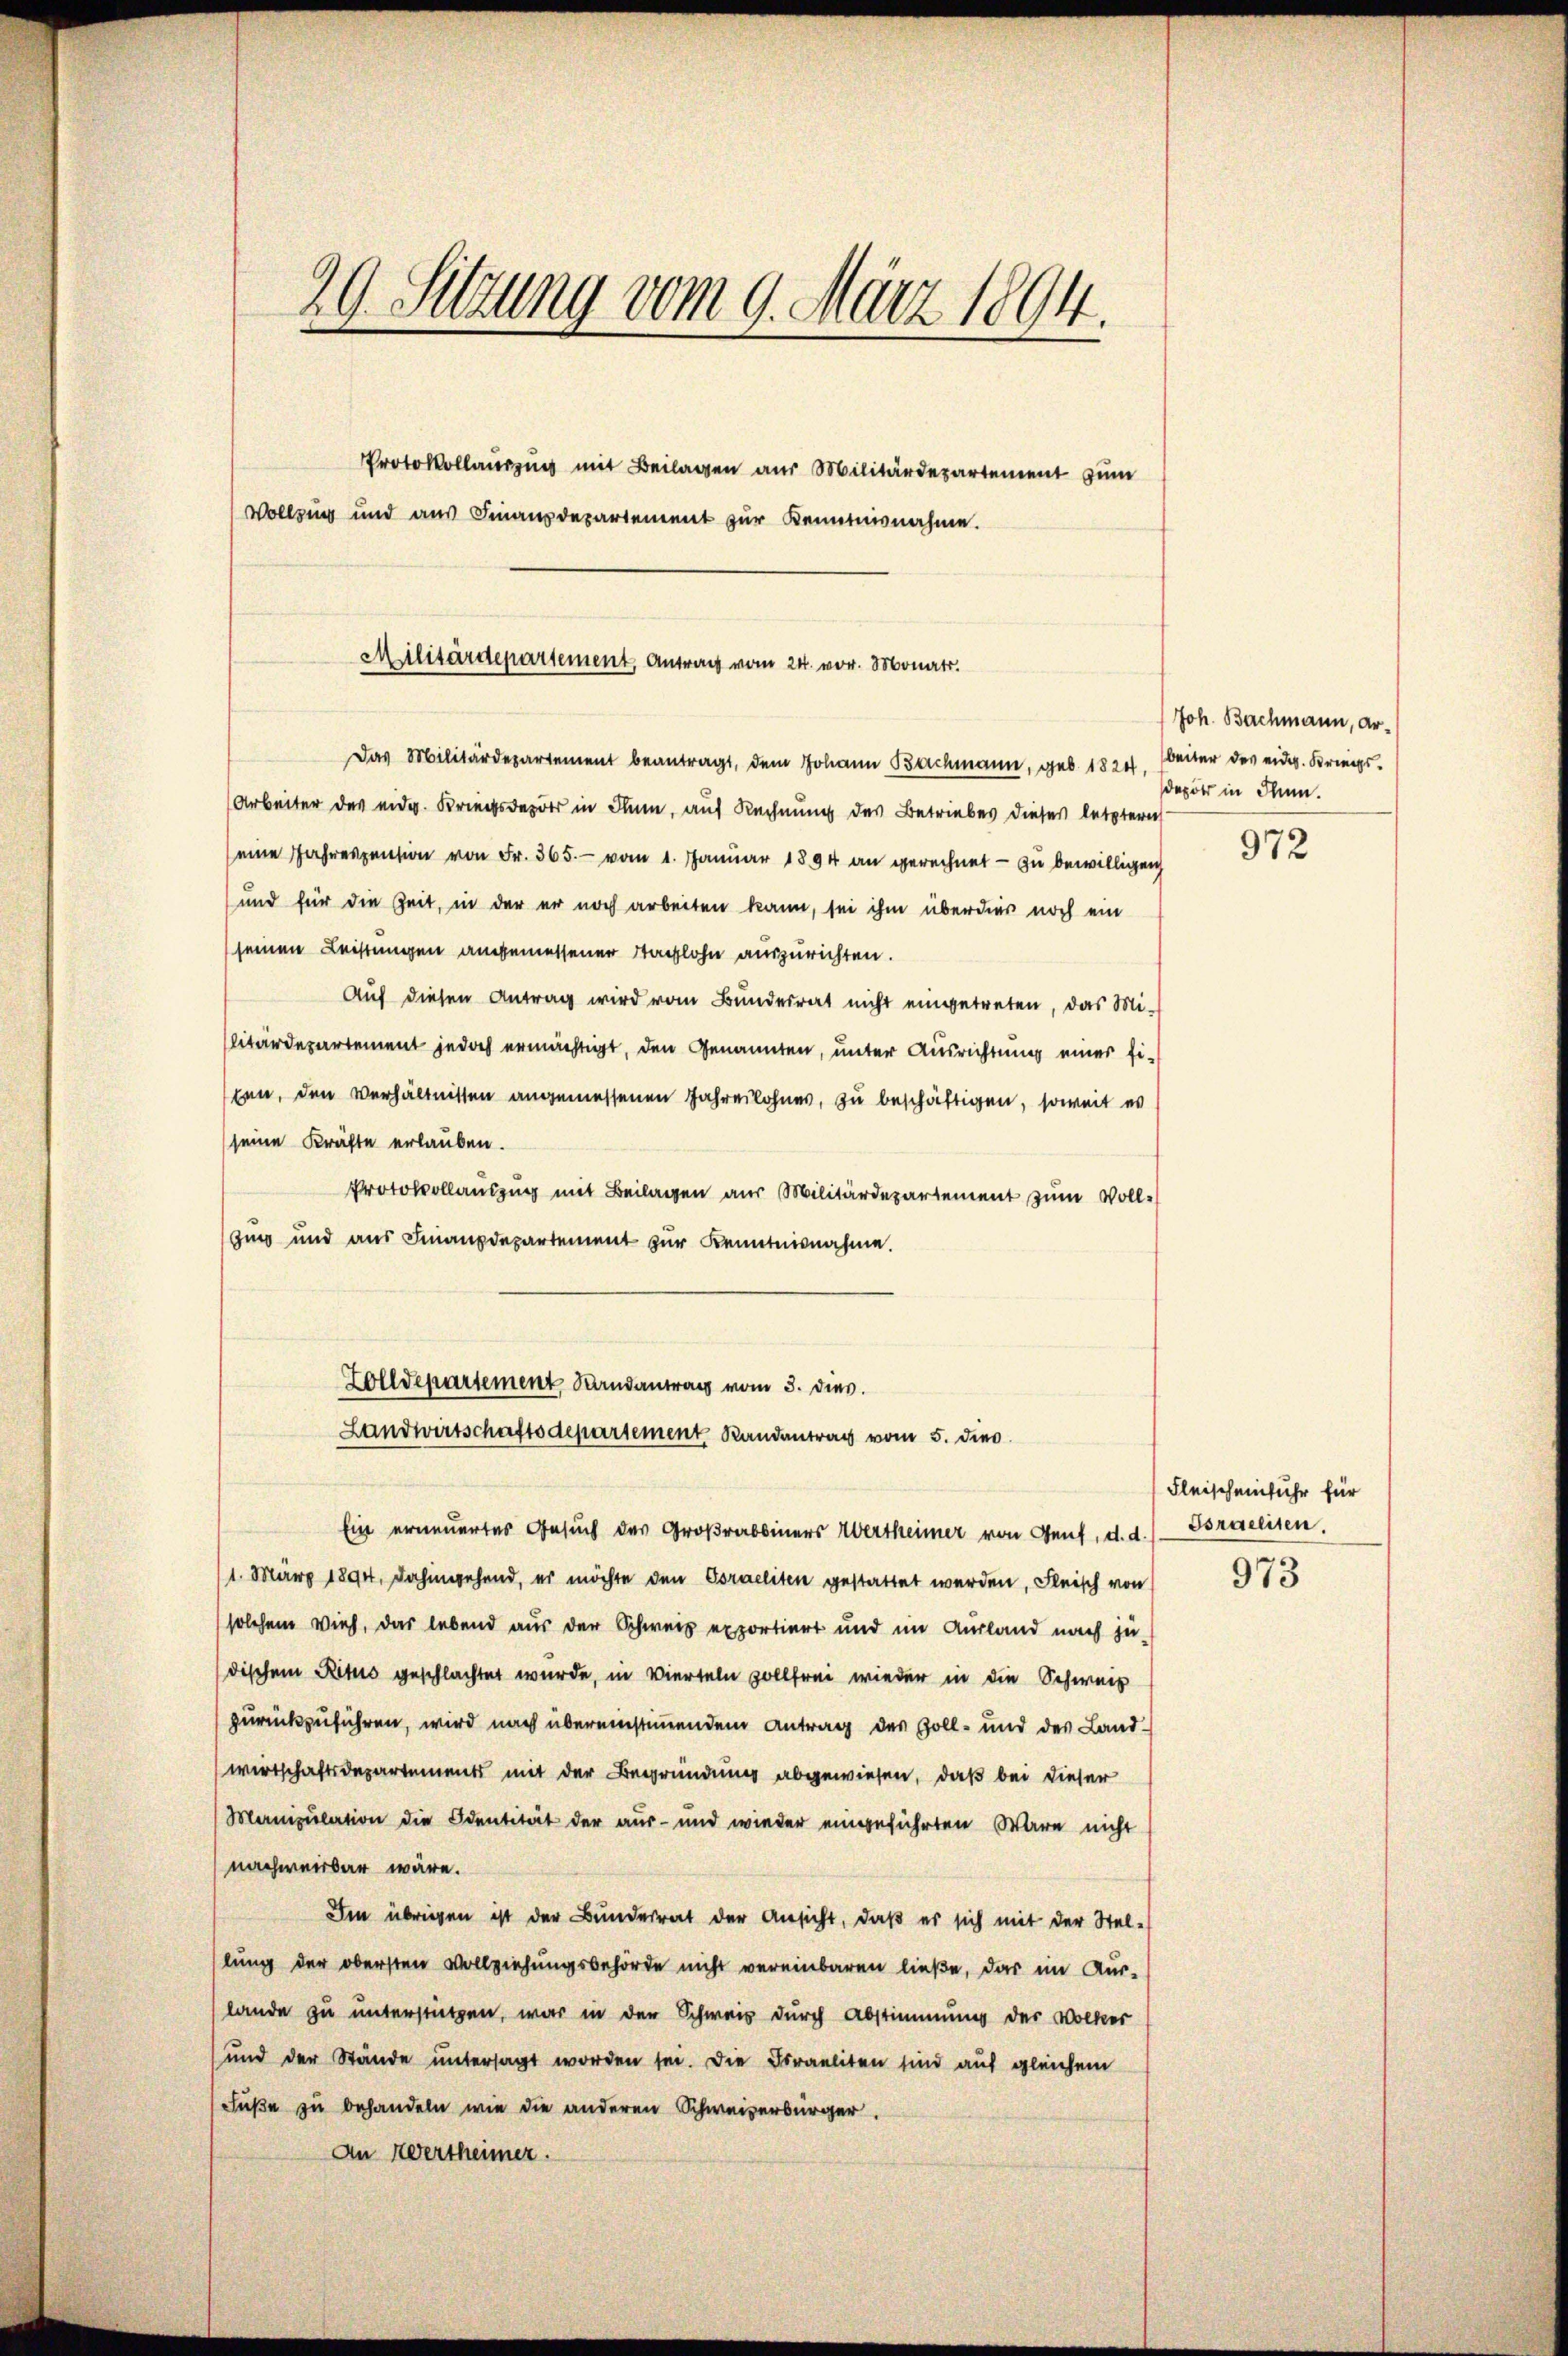
29. Sitzung vom 9. März 1894.
Protokollauszug mit Beilagen aus Militärdepartement zum
Vollzug und aus Finanzdepartement zur Kenntnisnahme.

Militärdepartement, Antrag vom 24. vor. Monats.

Zolldepartement, Randantrag vom 3. dies.
Landwirtschaftsdepartement Randantrag vom 5. dies

Das Militärdepartement beantragt, dem Johann Bachmann, geb. 1820. beiter des eidg. Kriegs-
Arbeiter des eidg. Kriegsdepots in Thun, auf Rechnung des Betriebes dieses letztern
(eine Jahreszension von Fr. 365. vom 1. Januar 1894 an gerechnet - zu bewilligen
und für die Zeit, in der er noch arbeiten kann, sei ihm überdies noch ein
seinen Leistungen angemessener Staglohn auszurichten.
Auf diesen Antrag wird vom Bundesrat nicht eingetreten, das Mi-
litärdepartement jedoch ermächtigt, den Genannten, unter Ausrichtung einer fi-
pen, den Verhältnissen angemessenen Jahreslohnes, zu beschäftigen, soweit es
seine Kräfte erlauben.
Protokollauszug mit Beilagen aus Militärdepartement zum Voll¬
Zug und aus Finanzdepartement zur Kenntnisnahme.
Ein erneuertes Gesuch der Großrabbiners Wertheimer von Gent, d. d. Porseeisen.
/1. März 1894, dahingehend, er möchte den Coraeliten gestattet werden, Fleisch von
solchem Vieh, das lebend aus der Schweiz exportiert und im Ausland nach zu
dischen Ritus geschlachtet wurde, in Vierteln vollfrei wieder in die Schweiz
zurückzuführen, wird nach übereinstimmendem Antrag des Zoll- und des Landwirtschaftsdepartements mit der Begründung abgewiesen, daß bei dieser
Manipulation die Identität der aus- und wieder eingeführten Wäre nicht
nachweisbar wäre.
Im übrigen ist der Bundesrat der Ansicht, daß es sich mit der Stel-
lung der obersten Vollziehungsbehörde nicht vereinbaren ließe, das im Aus-
lande zu unterstützen, war in der Schweis durch Abstimmung der Volker
und der Stände untersagt worden sei. Die Israeliten sind auf gleichem
Füße zu behandeln wie die anderen Schweizerbürger.
An Wertheimer.

Joh. Bachmann, Ar-
depots in dann.

972

Fleischeinfuhr für

973